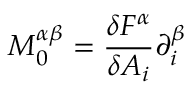
M _ { 0 } ^ { \alpha \beta } = \frac { \delta F ^ { \alpha } } { \delta A _ { i } } \partial _ { i } ^ { \beta }